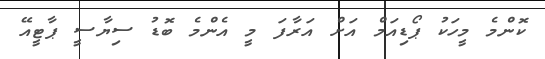
ކޮންމެ މީހަކު ޕޯޑިއަމް އަށް އަރާފަ މީ އެންމެ ބޮޑު ސިޔާސީ ޕާޓީއޭ